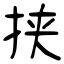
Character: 挟